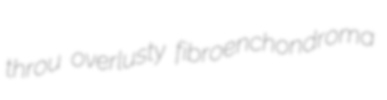
throu overlusty fibroenchondroma